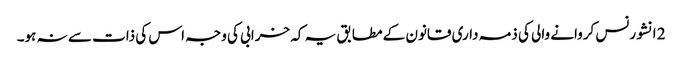
2 انشورنس کروانے والی کی ذمہ داری قانون کے مطابق یہ کہ خرابی کی وجہ اس کی ذات سے نہ ہو۔